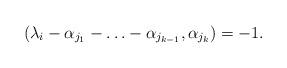
LaTeX: \begin{align*}(\lambda_i-\alpha_{j_1}-\ldots-\alpha_{j_{k-1}},\alpha_{j_k})=-1.\end{align*}